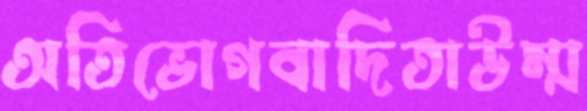
অতিভোগবাদিতাউম্ম